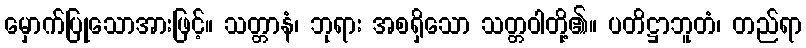
မှောက်ပြုသောအားဖြင့်။ သတ္တာနံ၊ ဘုရား အစရှိသော သတ္တဝါတို့၏။ ပတိဋ္ဌာဘူတံ၊ တည်ရာ